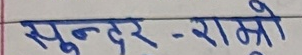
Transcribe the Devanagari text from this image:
सुन्दर-राम्रो